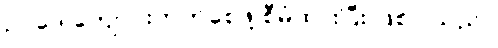
ဥပဒေ ကျောင်းတက်စေဖို့ စီမံထားပြီး ဖြစ်ပါသည်။